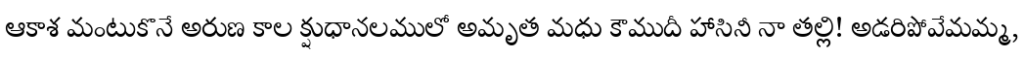
ఆకాశ మంటుకొనే అరుణ కాల క్షుధానలములో అమృత మధు కౌముదీ హాసినీ నా తల్లి! అడరిపోవేమమ్మ,